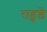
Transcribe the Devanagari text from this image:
राहुडे